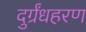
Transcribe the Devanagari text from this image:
दुर्ग्रंधहरण